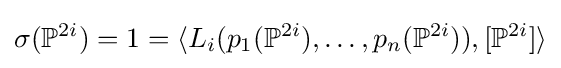
\sigma (\mathbb {P} ^{2i})=1=\langle L_{i}(p_{1}(\mathbb {P} ^{2i}),\ldots ,p_{n}(\mathbb {P} ^{2i})),[\mathbb {P} ^{2i}]\rangle